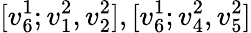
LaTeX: [v_{6}^{1};v_{1}^{2},v_{2}^{2}],[v_{6}^{1};v_{4}^{2},v_{5}^{2}]